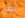
البغل